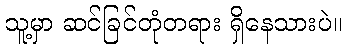
သူ့မှာ ဆင်ခြင်တုံတရား ရှိနေသားပဲ။